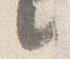
言